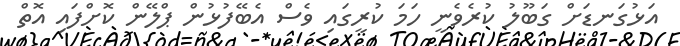
އަޅުގަނޑަށް ގަބޫލު ކުރެވެނީ ހަމަ ކުރީގައި ވެސް އެބޭފުޅުން ޕްލޭން ކޮށްފައި އޮތް